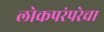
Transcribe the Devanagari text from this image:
लोकपरंपरेचा